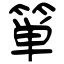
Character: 箪